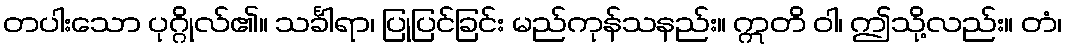
တပါးသော ပုဂ္ဂိုလ်၏။ သင်္ခါရာ၊ ပြုပြင်ခြင်း မည်ကုန်သနည်း။ ဣတိ ဝါ၊ ဤသို့လည်း။ တံ၊